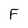
Character: F